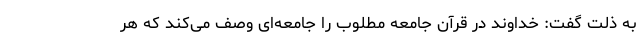
به ذلت گفت: خداوند در قرآن جامعه مطلوب را جامعه‌ای وصف می‌کند که هر